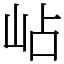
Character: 岾